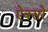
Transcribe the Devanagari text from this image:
ऐक्सरे